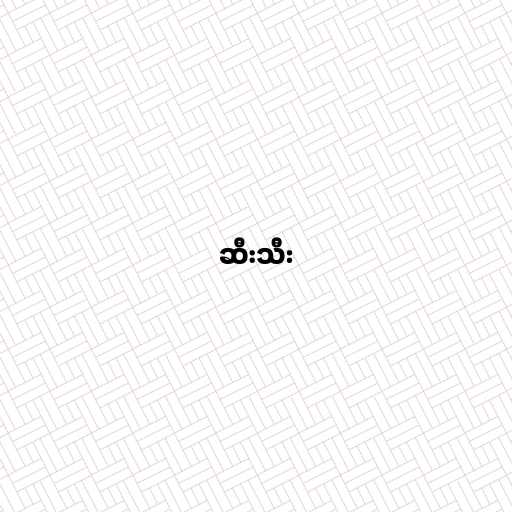
ဆီးသီး